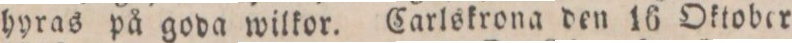
hyras på goda wilkor. Carlskrona den 16 Oktober